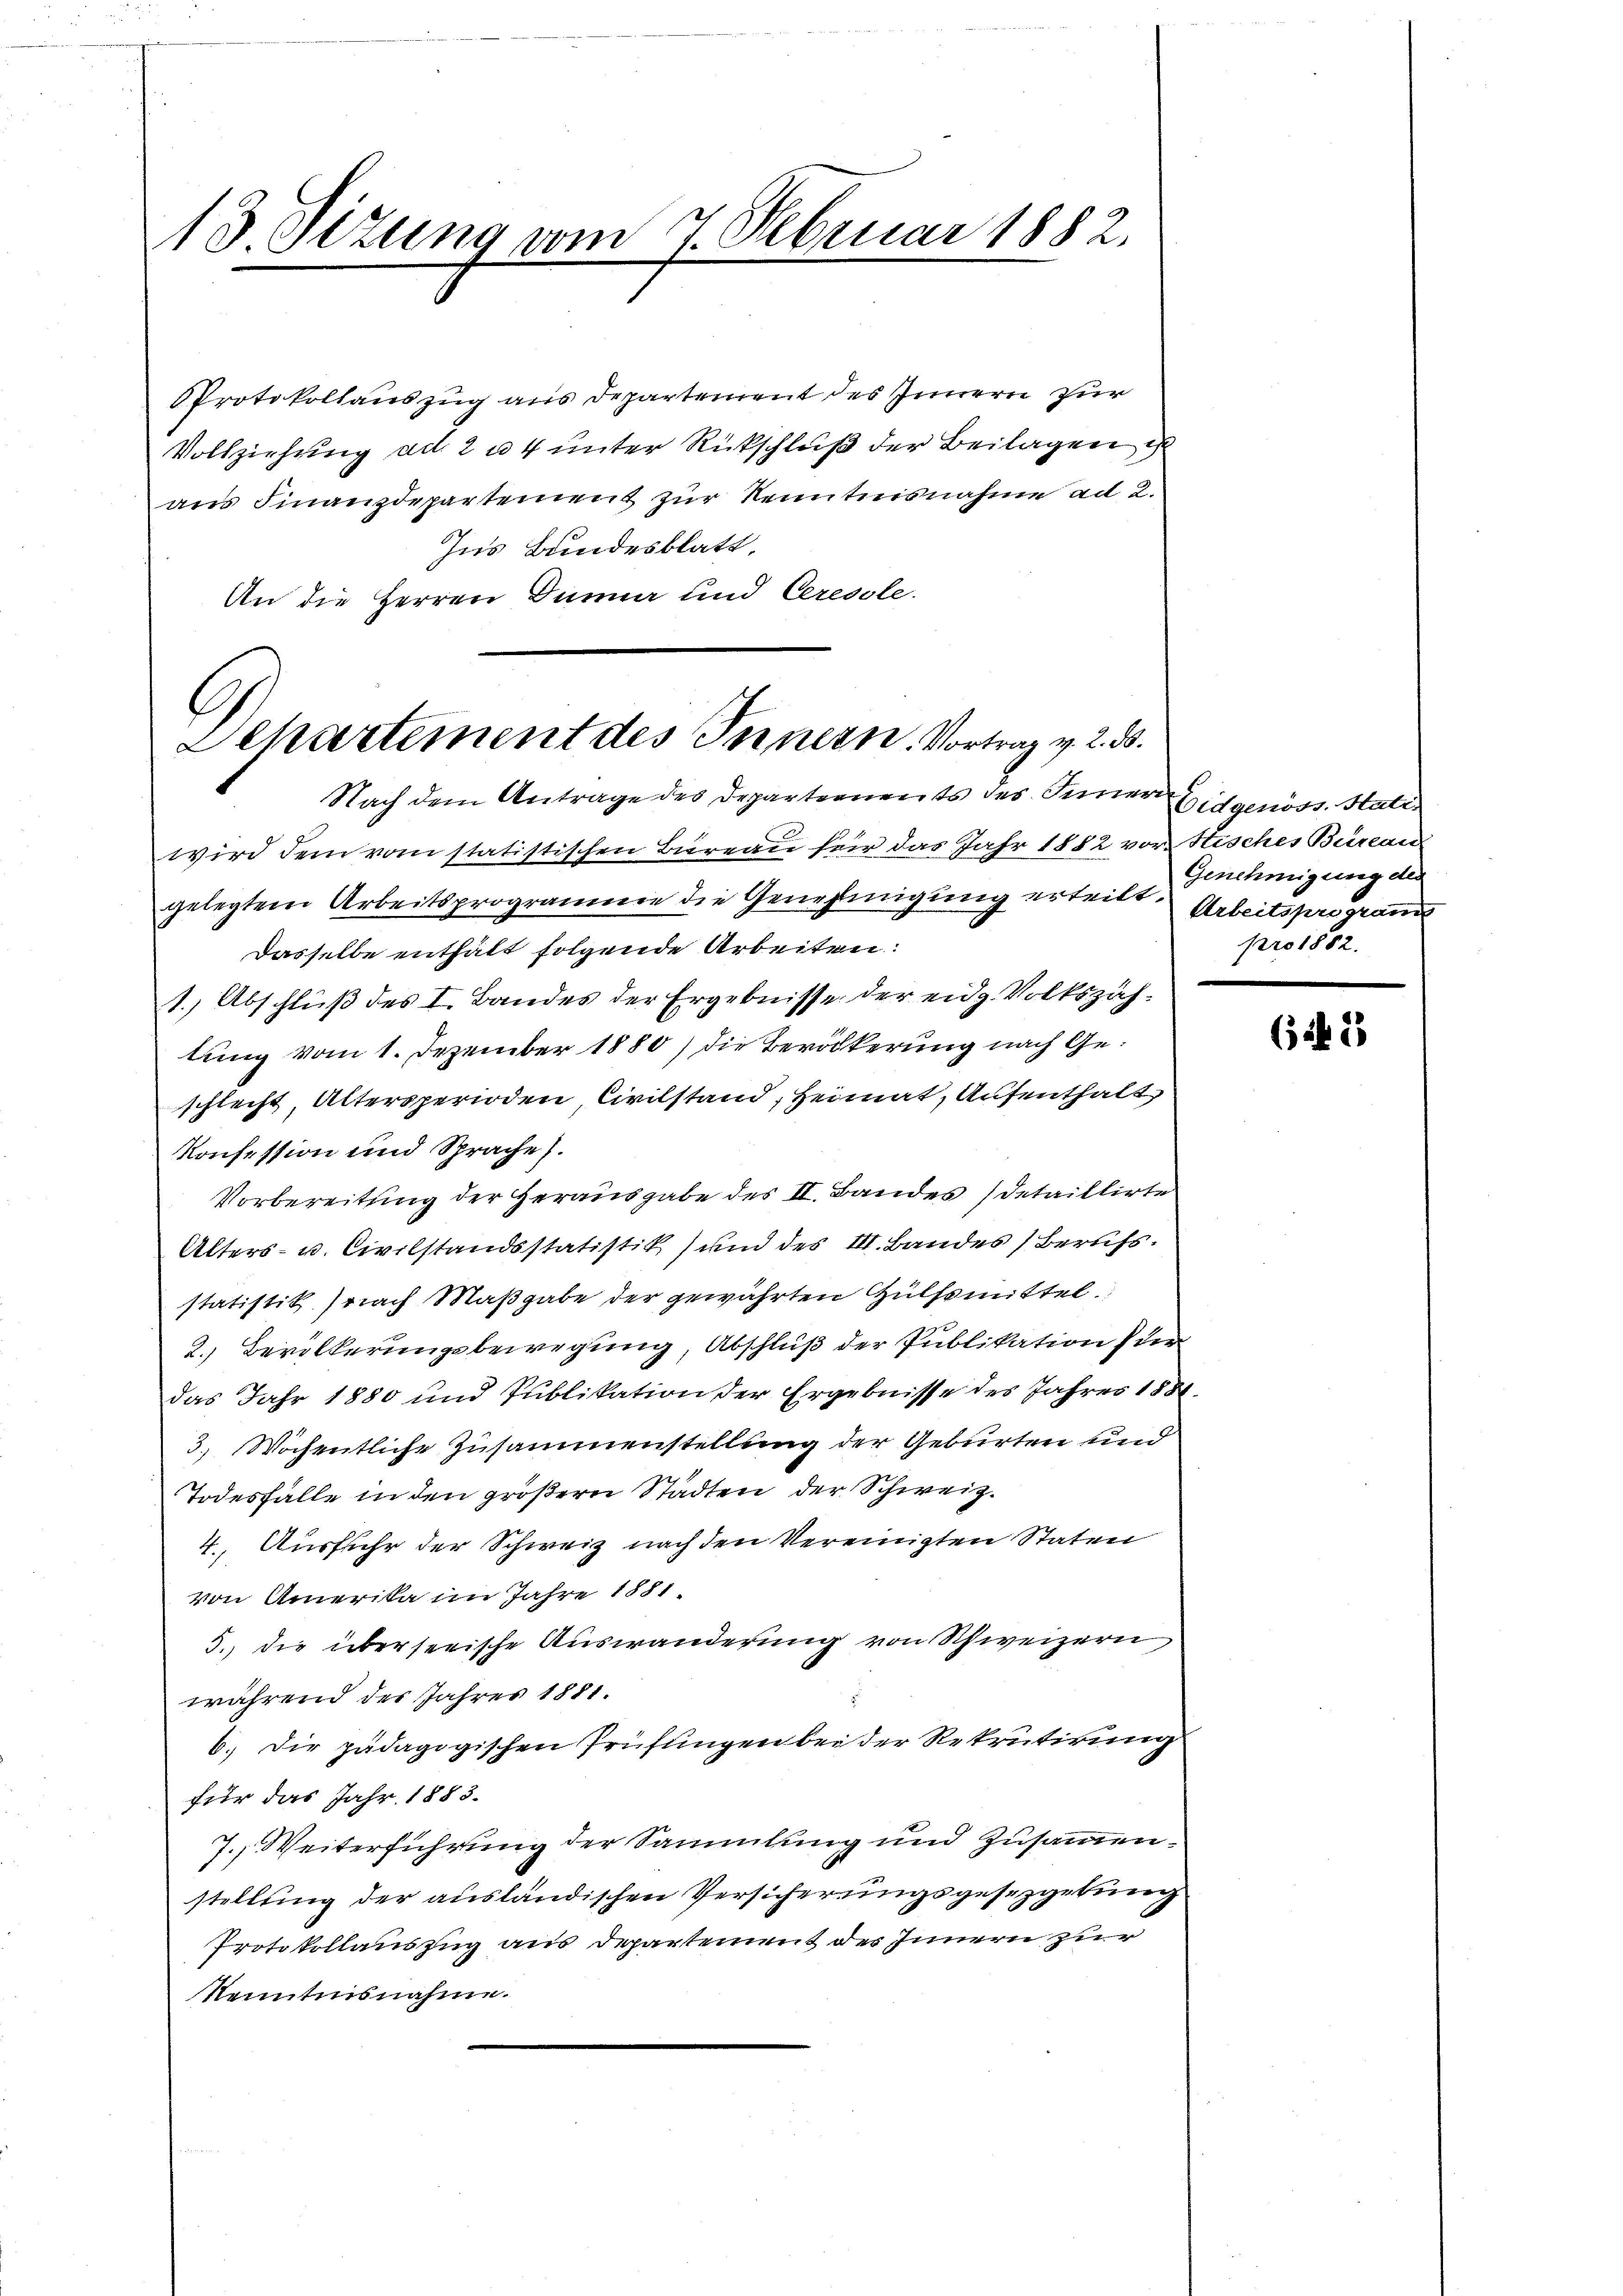
13. Seizung vom 7. Februar 1882.

Protokollauszug aus Departement des Innern zur
Vollziehung ad 2 u. 4 unter Rückschluß der Beilagen ist
aus Finanzdepartement zur Kenntnisnahme ad 2.
Ins Bundesblatt,
An die Herren Dunner und Ceresole.

Dehartement des Innern. Vortrag v. 2. ds.

Nach dem Antrage des Departernents des Inner
wird dem vom statistischen Bureau für das Jahr 1882 vor Stisches Büreau
gelegten Arbeitsprogramme die Genehmigung erteilt. Arbeitsprogramm
Dasselbe enthält folgende Arbeiten:
1.) Abschluß des I. Bandes der Ergebnisse der eidg. Volkszähtung vom 1. Dezember 1880) die Bevölkerung nach Geschlecht, Altersperioden, Civilstand, Heimat, Aufenthalt
Konsession und Sprache.
Vorbereitung der Herausgabe des II. Bandes Detaillirte
Alters- u. Civilstandsstatistik) und des III. Bandes Berufs.
statistik (nach Maßgabe der gewährten Hülfsmittel
2. Bevölkerungsbewegung, Abschluß der Publikation für
das Jahr 1880 und Publikation der Ergebnisse des Jahres 1884.
3.) Wöchentliche Zusammenstellung der Geburten und
Todesfälle in den größern Städten der Schweiz.
4., Ausfuhr der Schweiz nach den Vereinigten Staten
von Amerika im Jahre 1881
3., die überseeische Auswanderung von Schweizern
während des Jahres 1881.
6. Die pädagogischen Prüfungen bei der Rekrutirung
für das Jahr 1883.
7. Weiterführung der Sammlung und zusammenstellung der ausländischen Versicherungsgesezgerung
Protokollauszug aus Departement des Innern zur
Nenntnisnahme.

Eidgenöss. Hali
Genehmigung der
pro 1882.

6543